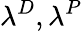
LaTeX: \lambda^{D},\lambda^{P}